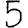
Digit: 5